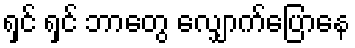
ရှင် ရှင် ဘာတွေ လျှောက်ပြောနေ